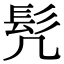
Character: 髠